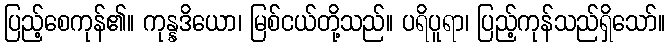
ပြည့်စေကုန်၏။ ကုန္နဒိယော၊ မြစ်ငယ်တို့သည်။ ပရိပူရာ၊ ပြည့်ကုန်သည်ရှိသော်။